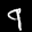
Label: 9